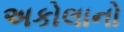
અકોલાનો